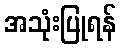
အသုံးပြုရန်